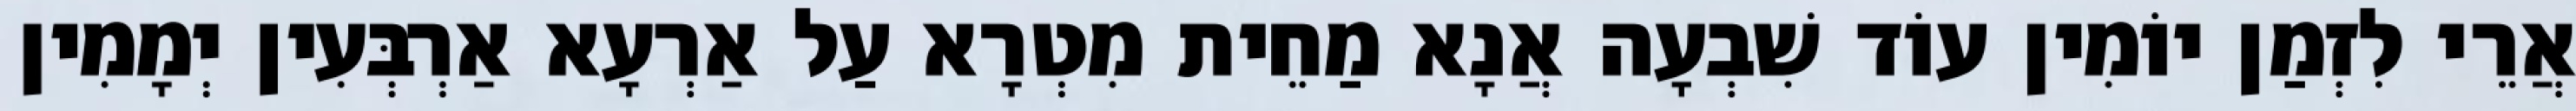
אֲרֵי לִזְמַן יוֹמִין עוֹד שִׁבְעָה אֲנָא מַחֵית מִטְרָא עַל אַרְעָא אַרְבְּעִין יְמָמִין